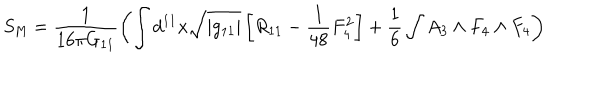
S _ { \mathrm { M } } = \frac { 1 } { 1 6 \pi G _ { 1 1 } } \left( \int d ^ { 1 1 } x \sqrt { | g _ { 1 1 } | } \left[ R _ { 1 1 } - \frac { 1 } { 4 8 } F _ { 4 } ^ { 2 } \right] + \frac { 1 } { 6 } \int A _ { 3 } \wedge F _ { 4 } \wedge F _ { 4 } \right)